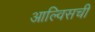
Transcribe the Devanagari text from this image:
आल्विसची